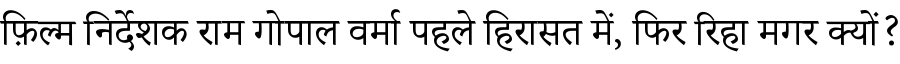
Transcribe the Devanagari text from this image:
फ़िल्म निर्देशक राम गोपाल वर्मा पहले हिरासत में, फिर रिहा मगर क्यों?